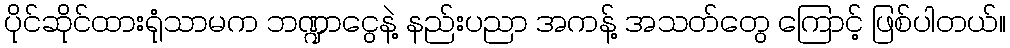
ပိုင်ဆိုင်ထားရုံသာမက ဘဏ္ဍာငွေနဲ့ နည်းပညာ အကန့် အသတ်တွေ ကြောင့် ဖြစ်ပါတယ်။